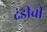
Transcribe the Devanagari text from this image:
दंडीची